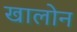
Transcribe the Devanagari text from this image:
खालोन